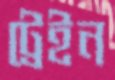
ট্রেইন